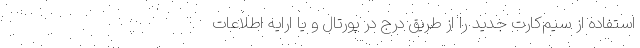
استفاده از سیم‌کارت جدید را از طریق درج در پورتال و یا ارایه اطلاعات